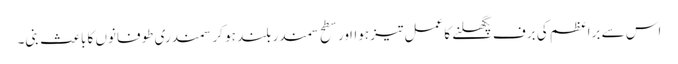
اس سے براعظم کی برف پگھلنے کا عمل تیز ہوااور سطح سمندر بلند ہو کر سمندری طوفانوں کا باعث بنی۔